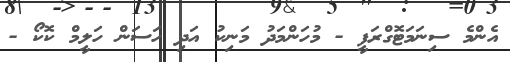
އެންމެ ސިނަމަޓޮގްރަފީ - މުހަންމަދު މަނިކު އަދި ހަސަން ހަލީމް ކޮކޯ -